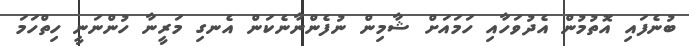
ބުނެފައި އޮތުމުން އެދުވަހާއި ހަމައަށް ޝާމިން ނުފެންނާނެކަން އެނގި މަރީނާ ހުންނަނީ ހިތްހަމަ